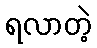
ရလာတဲ့